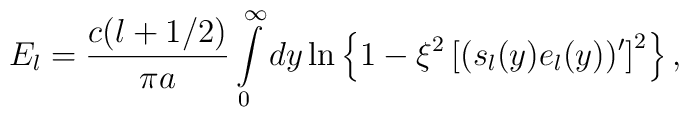
E_l=\frac{c(l+1/2)}{\pi a}\int\limits_{0}^{\infty}dy \ln \left \{1-\xi ^2\left [(s_l(y) e_l(y))'\right ]^2\right \},